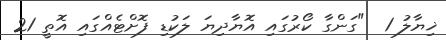
ޚިޔާލު 1  "ގަންގާ ކޯރުގައި އޮޔާދިޔަ ލަކުޑި ފޮށްޓެއްގައި އޮތީ 21